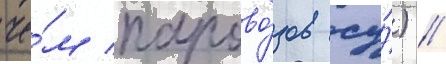
че́м парово́зов су́) //